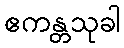
ဧကန္တသုခါ